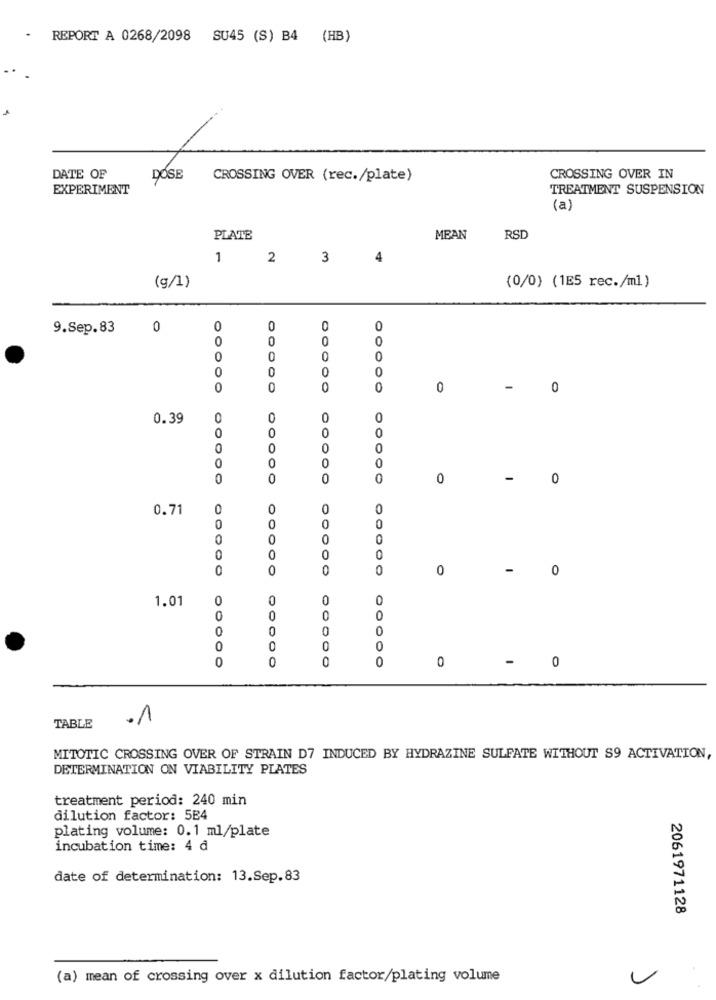
· REPORT A 0268/2098 SU45 (S) B4 (HB)
DATE OF
DOSE
CROSSING OVER (rec./plate)
CROSSING OVER IN
EXPERIMENT
TREATMENT SUSPENSION
(a)
PLATE
MEAN
RSD
1
2
3
4
(g/1)
(0/0) (1E5 rec./ml)
9.Sep.83
0
0
0
0
0
0
0
0
0
0
0
0
0
0
0
0
0
0
0
0
0
-
0
0.39
0
0
0
0
0
0
0
0
0
0
0
0
0
0
0
0
0
0
0
-
0
0.71
0
0
0
0
0
0
0
0
0
0
0
0
0
0
0
0
0
0
0
0
0
-
0
1.01
0
0
0
0
0
0
0
0
0
0
0
0
0
0
0
0
-
0
.1
TABLE
MITOTIC CROSSING OVER OF STRAIN D7 INDUCED BY HYDRAZINE SULFATE WITHOUT S9 ACTIVATION,
DETERMINATION ON VIABILITY PLATES
treatment period: 240 min
dilution factor: 584
plating volume: 0.1 ml/plate
incubation time: 4 ₫
date of determination: 13.Sep.83
2061971128
(a) mean of crossing over x dilution factor/plating volume